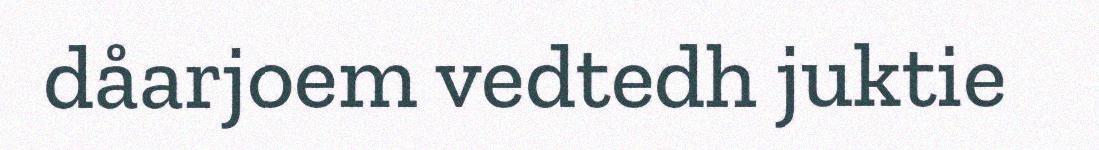
dåarjoem vedtedh juktie